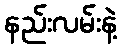
နည်းလမ်းနဲ့